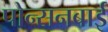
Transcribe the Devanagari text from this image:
पोन्सनबाई